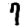
Digit: 7